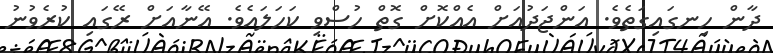
ދާން ހިނގައިގަތެވެ. އަންޖަދުއަށް އެއްކޮށް ގޮތް ހުސްވި ކަހަލައެވެ. އޭނާއަށް ރޭގައި ކުރެވުނު